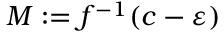
M : = f ^ { - 1 } ( c - \varepsilon )